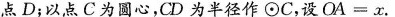
点D；以点C为圆心，CD为半径作\odot C，设$$O A = x$$。